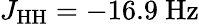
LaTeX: J_{\mathrm{HH}}=-16.9~\mathrm{Hz}